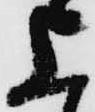
上